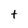
Character: t